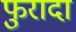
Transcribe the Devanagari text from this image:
फुरादा